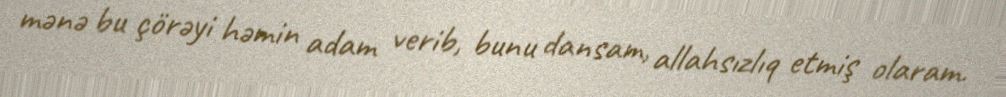
mənə bu çörəyi həmin adam verib, bunu dansam, allahsızlıq etmiş olaram.